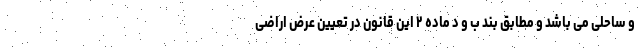
و ساحلی می باشد و مطابق بند ب و د ماده ۲ این قانون در تعیین عرض اراضی